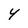
Character: 4